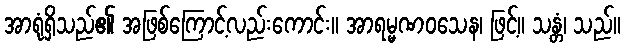
အာရုံရှိသည်၏ အဖြစ်ကြောင့်လည်းကောင်း။ အာရမ္မဏဝသေန၊ ဖြင့်။ သန္တံ၊ သည်။